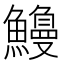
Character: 𫙿